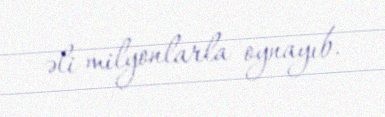
əli milyonlarla oynayıb.